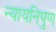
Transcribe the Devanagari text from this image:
न्यायनिपुण